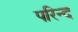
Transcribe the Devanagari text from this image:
परिन्द